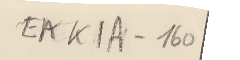
EAK1A - 160